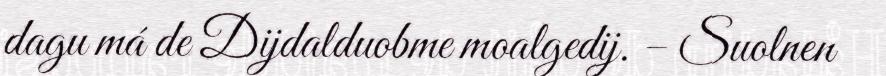
dagu má de Dijdalduobme moalgedij. – Suolnen